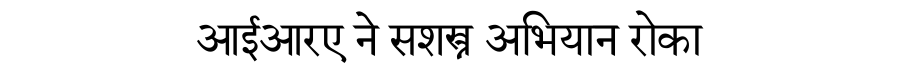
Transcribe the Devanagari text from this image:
आईआरए ने सशस्त्र अभियान रोका